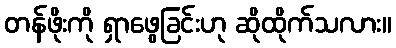
တန်ဖိုးကို ရှာဖွေခြင်းဟု ဆိုထိုက်သလား။